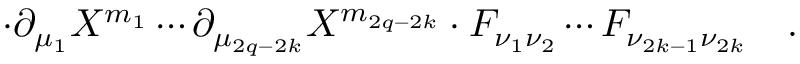
\cdot \partial _ { \mu _ { 1 } } X ^ { m _ { 1 } } \cdots \partial _ { \mu _ { 2 q - 2 k } } X ^ { m _ { 2 q - 2 k } } \cdot F _ { \nu _ { 1 } \nu _ { 2 } } \cdots F _ { \nu _ { 2 k - 1 } \nu _ { 2 k } } \quad .